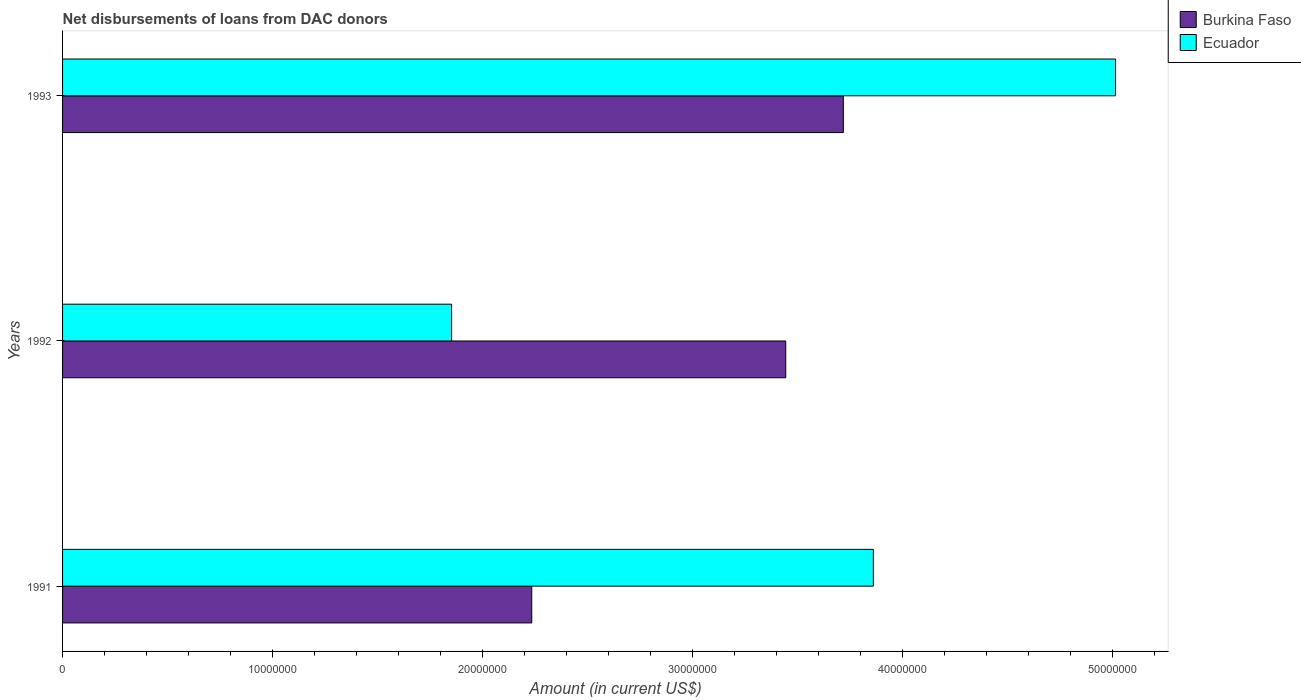
| Years | Burkina Faso | Ecuador |
 | --- | --- | --- |
 | 1991 | 2.23e+07 | 3.86e+07 |
 | 1992 | 3.44e+07 | 1.85e+07 |
 | 1993 | 3.72e+07 | 5.02e+07 |